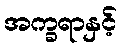
အက္ခရာနှင့်